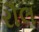
રૌલ